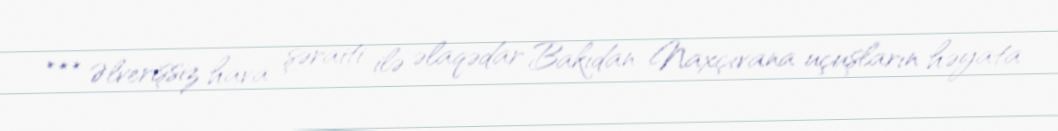
*** Əlverişsiz hava şəraiti ilə əlaqədar Bakıdan Naxçıvana uçuşların həyata